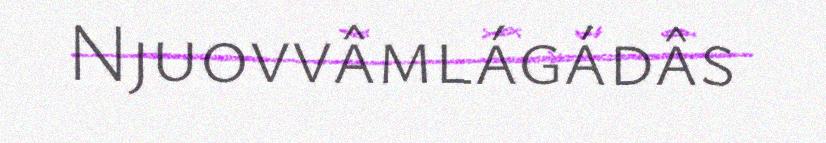
Njuovvâmlágádâs